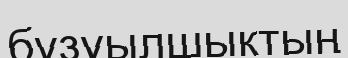
бұзуылшықтың